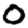
Digit: 0